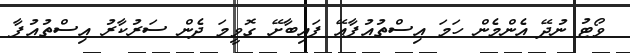
ވޯޓު ނުދޭ އެންމެން ހަމަ އިސްތުއުފާއޭ ފައިބާށޭ ގޮވީމަ ދެން ސަރުކާރު އިސްތުއުފާ